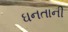
ઘનતાની